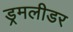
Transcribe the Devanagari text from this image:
ड्रमलीडर